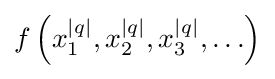
f\left(x_{1}^{|q|},x_{2}^{|q|},x_{3}^{|q|},\ldots \right)